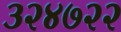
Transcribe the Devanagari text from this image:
३२४७२२